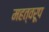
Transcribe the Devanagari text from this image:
महत्वरूप